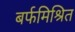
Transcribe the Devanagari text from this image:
बर्फमिश्रित